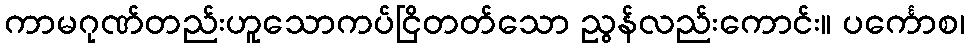
ကာမဂုဏ်တည်းဟူသောကပ်ငြိတတ်သော ညွန်လည်းကောင်း။ ပင်္ကောစ၊